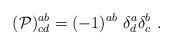
\begin{align*}({\cal P})^{ab}_{cd}=(-1)^{ab}\ \delta^a_d\delta^b_c\ .\end{align*}